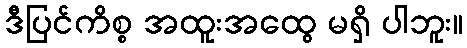
ဒီပြင်ကိစ္စ အထူးအထွေ မရှိ ပါဘူး။